Annual report on the working of the Harcourt Butler Institute of Public Health, Rangoon
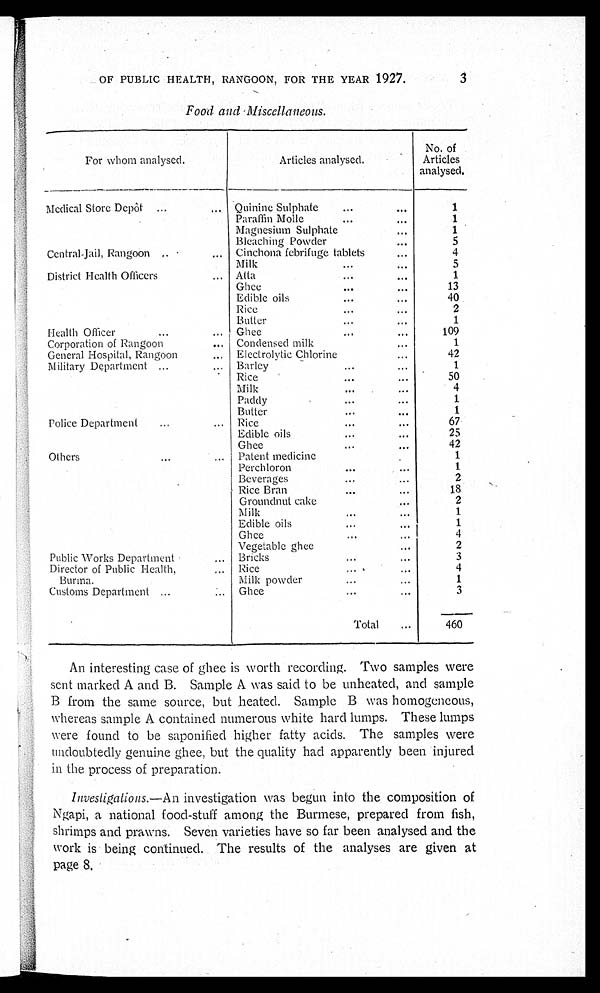
OF PUBLIC HEALTH, RANGOON, FOR THE YEAR 1927.
Food and Miscellaneous.
For whom analysed.
Articles analysed.
No. of
Articles
analysed.
Medical Store Depôt . . .
Quinine Sulphate . . .
1
Paraffin Molle . . .
1
Magnesium Sulphate . . .
1
Bleaching Powder
5
Central-Jail, Rangoon . . .
Cinchona febrifuge tablets
4
Milk . . .
5
District Health Officers . . .
Atta
...
1
Ghee . . .
13
Edible oils. . .
40
Rice . . .
2
Butter. . .
1
Health Officer . . .
Ghee . . .
109
Corporation of Rangoon . . .
Condensed milk
1
General Hospital, Rangoon . . .
Electrolytic Chlorine . . .
4 2
Military Department . . .
Barley . . .
1
Rice . . .
50
Milk . . .
4
Paddy. . .
1
Butter. . .
1
Police Department . . .
Rice. . .
67
Edible oils . . .
25
Ghee . . .
42
Others. . .
Patent medicine
1
Perchloron . . .
1
Beverages . . .
2
Rice Bran . . .
18
Groundnut cake . . .
2
Milk. . .
1
Edible oils. . .
1
Ghee . . .
4
Vegetable ghee . . .
2
Public Works Department . . .
Bricks. . .
3
Director of Public Health . . .
Rice . . .
4
B u r m a . . .
Milk powder. . .
1
Customs Department . . .
Ghee . . .
3
Total . . .
460
An interesting case of ghee is worth recording. Two samples were
sent marked A and B. Sample A was said to be unheated, and sample
B from the same source, but heated. Sample B was homogeneous,
whereas sample A contained numerous white hard lumps. These lumps
were found to be saponified higher fatty acids. The samples were
undoubtedly genuine ghee, but the quality had apparently been injured
in the process of preparation.
Investigations.— An investigation was begun into the composition of
Ngapi, a national food-stuff among the Burmese, prepared from fish,
shrimps and prawns. Seven varieties have so far been analysed and the
work is being continued. The results of the analyses are given at
page 8.
3